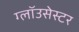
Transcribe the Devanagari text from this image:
ग्लॉउसेस्टर